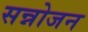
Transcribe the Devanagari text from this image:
सन्नोजन